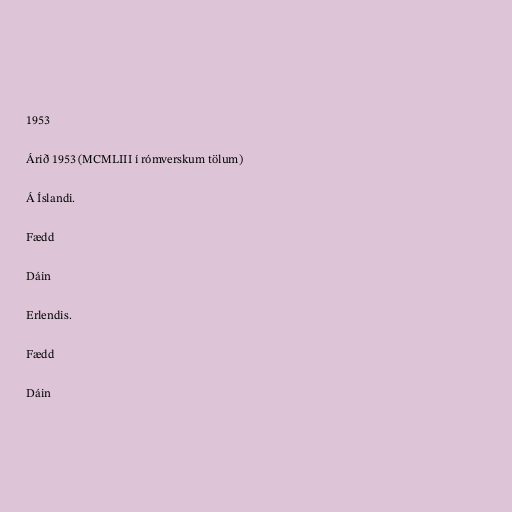
1953

Árið 1953 (MCMLIII í rómverskum tölum)

Á Íslandi.

Fædd

Dáin

Erlendis.

Fædd

Dáin